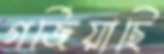
গর্জিয়াছি